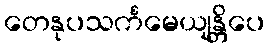
တေနုပသင်္ကမေယျန္တိပေ